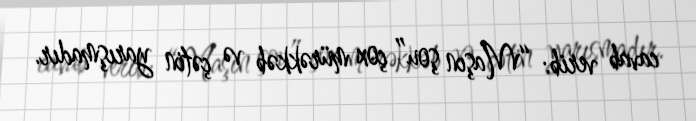
cavab verib: “Maşın şou” çox mürəkkəb və çətin yarışmadır.